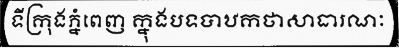
ទីក្រុងភ្នំពេញ ក្នុងបទបាឋកថាសាធារណៈ